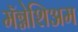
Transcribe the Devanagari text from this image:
मॅग्नेशिअम